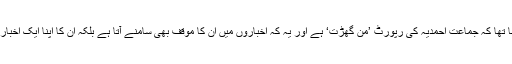
‘ان کا کہنا تھا کہ جماعتِ احمدیہ کی رپورٹ ’من گھڑت‘ ہے اور یہ کہ اخباروں میں ان کا موقف بھی سامنے آتا ہے بلکہ ان کا اپنا ایک اخبار بھی ہے۔